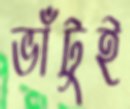
ভাঁটুই